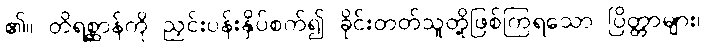
၏။ တိရစ္ဆာန်ကို ညှင်းပန်းနှိပ်စက်၍ ခိုင်းတတ်သူတို့ဖြစ်ကြရသော ပြိတ္တာများ၊